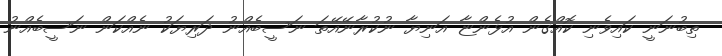
ތިބުނަނީ ކައިވެނި ކޮއްގެން އުޅެންޏާ އަނިޔާ ނުކުރާނޭއޭތަ ނަސީބެއްނު ދަރިޔަކު ނެއްކަން ނަސީބެއްނު